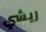
ريشي